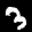
Label: 3